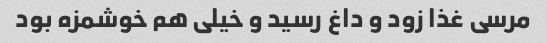
مرسی غذا زود و داغ رسید و خیلی هم خوشمزه بود